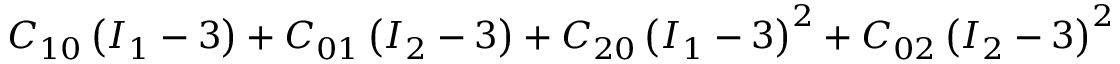
C _ { 1 0 } \left( I _ { 1 } - 3 \right) + C _ { 0 1 } \left( I _ { 2 } - 3 \right) + C _ { 2 0 } \left( I _ { 1 } - 3 \right) ^ { 2 } + C _ { 0 2 } \left( I _ { 2 } - 3 \right) ^ { 2 }